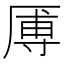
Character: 𪠑